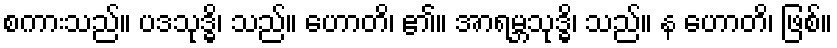
စကားသည်။ ပဒသုဒ္ဓိ၊ သည်။ ဟောတိ၊ ၏။ အာရမ္ဘသုဒ္ဓိ၊ သည်။ န ဟောတိ၊ ဖြစ်။